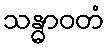
သန္ဓာဝတံ